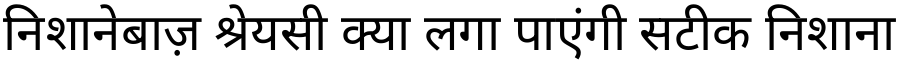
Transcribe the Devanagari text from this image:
निशानेबाज़ श्रेयसी क्या लगा पाएंगी सटीक निशाना